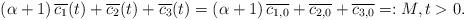
LaTeX: \begin{align*}(\alpha+1)\,\overline{c_1}(t) + \overline{c_2}(t) + \overline{c_3}(t) = (\alpha+1)\, \overline{c_{1,0}} + \overline{c_{2,0}} + \overline{c_{3,0}} =: M, t>0.\end{align*}